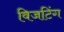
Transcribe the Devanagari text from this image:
विजटिंग